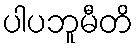
ပါပဘူမီတိ